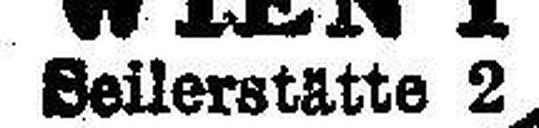
Seilerstätte 2